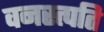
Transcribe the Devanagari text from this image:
वनस्त्पति